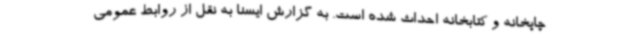
چاپخانه و کتابخانه احداث شده است. به گزارش ایسنا به نقل از روابط عمومی